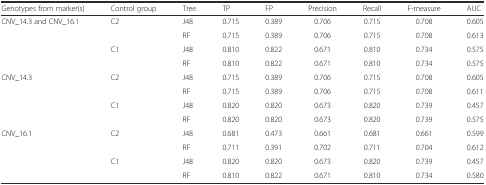
| Genotypes from marker(s) | Control group | Tree | TP | FP | Precision | Recall | F-measure | AUC |
 | --- | --- | --- | --- | --- | --- | --- | --- | --- |
 | <ROWSPAN=4> CNV_14.3 and CNV_16.1 | C2 | J48 | 0.715 | 0.389 | 0.706 | 0.715 | 0.708 | 0.605 |
 |  | RF | 0.715 | 0.389 | 0.706 | 0.715 | 0.708 | 0.613 |
 | C1 | J48 | 0.810 | 0.822 | 0.671 | 0.810 | 0.734 | 0.575 |
 |  | RF | 0.810 | 0.822 | 0.671 | 0.810 | 0.734 | 0.575 |
 | <ROWSPAN=4> CNV_14.3 | C2 | J48 | 0.715 | 0.389 | 0.706 | 0.715 | 0.708 | 0.605 |
 |  | RF | 0.715 | 0.389 | 0.706 | 0.715 | 0.708 | 0.611 |
 | C1 | J48 | 0.820 | 0.820 | 0.673 | 0.820 | 0.739 | 0.457 |
 |  | RF | 0.820 | 0.820 | 0.673 | 0.820 | 0.739 | 0.575 |
 | <ROWSPAN=4> CNV_16.1 | C2 | J48 | 0.681 | 0.473 | 0.661 | 0.681 | 0.661 | 0.599 |
 |  | RF | 0.711 | 0.391 | 0.702 | 0.711 | 0.704 | 0.612 |
 | C1 | J48 | 0.820 | 0.820 | 0.673 | 0.820 | 0.739 | 0.457 |
 |  | RF | 0.810 | 0.822 | 0.671 | 0.810 | 0.734 | 0.580 |